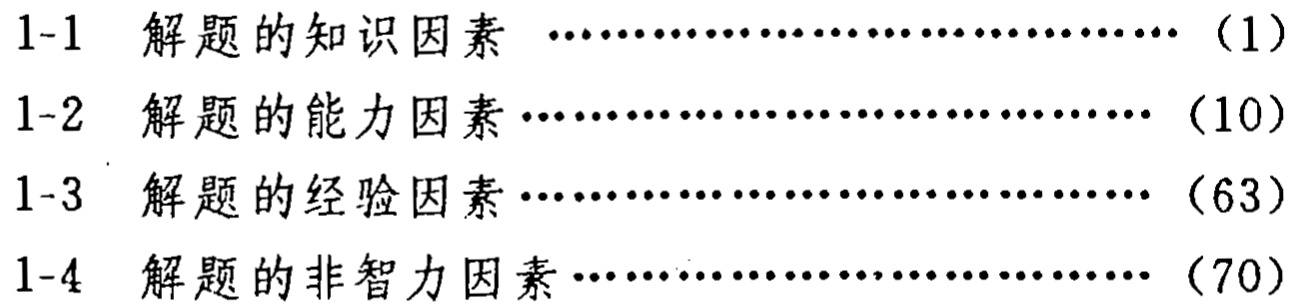
1-1 解题的知识因素 \dotfill （1）\\
1-2 解题的能力因素 \dotfill （10）\\
1-3 解题的经验因素 \dotfill （63）\\
1-4 解题的非智力因素 \dotfill （70）